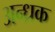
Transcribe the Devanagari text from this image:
अन्ध्रक